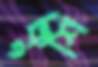
কুশি